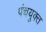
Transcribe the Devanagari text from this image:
पंचयुक्त